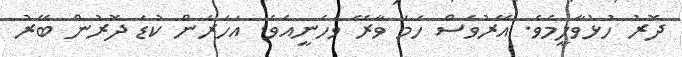
ދޮރު ހުޅުވާލީމެވެ. އޭރުވެސް ހަމަ ވާރޭ ވެހެނީއެވެ. އަހަރެން ކުޑަ ދޮރުން ބޭރު